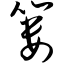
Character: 篓